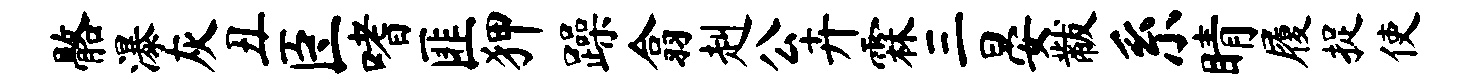
髂瀑灰丑臣嗜匪狎躁翕赳公卉霖三晏黻系睛履捉使